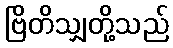
ဗြိတိသျှတို့သည်